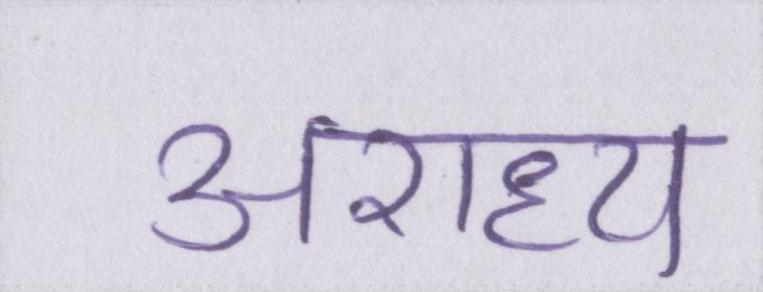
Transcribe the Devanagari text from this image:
अराध्य